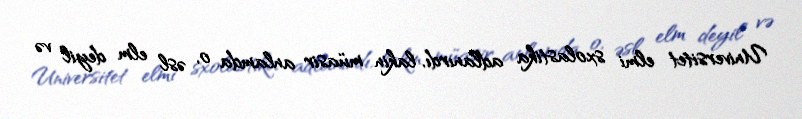
Universitet elmi sxolastika adlanırdı, lakin müasir anlamda o, əsl elm deyil və